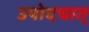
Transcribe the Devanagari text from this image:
उपोदघात्‌